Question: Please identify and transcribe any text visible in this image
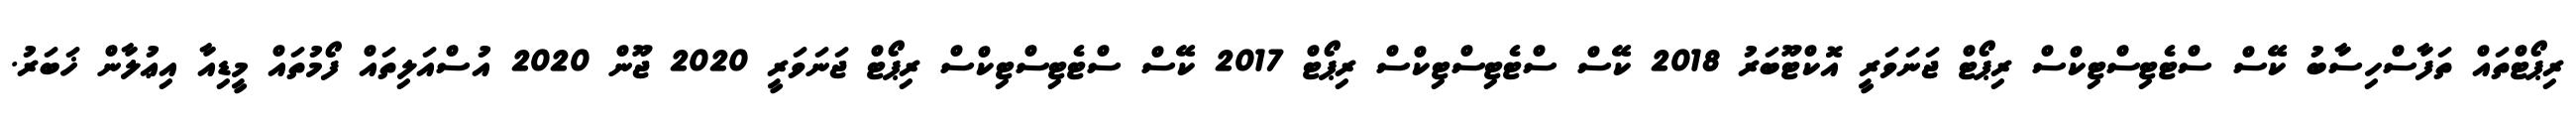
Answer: ރިޕޯޓްތައް ތަފާސްހިސާބު ކޭސް ސްޓެޓިސްޓިކްސް ރިޕޯޓް ޖަނަވަރީ އޮކްޓޫބަރު 2018 ކޭސް ސްޓެޓިސްޓިކްސް ރިޕޯޓް 2017 ކޭސް ސްޓެޓިސްޓިކްސް ރިޕޯޓް ޖަނަވަރީ 2020 ޖޫން 2020 އުސްއަލިތައް ފޯމުތައް މީޑިއާ އިޢުލާން ޚަބަރު.